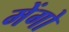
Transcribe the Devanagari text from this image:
मेंगो